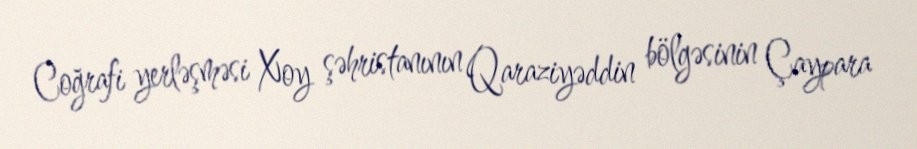
Coğrafi yerləşməsi Xoy şəhristanının Qaraziyəddin bölgəsinin Çaypara